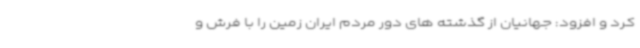
کرد و افزود: جهانیان از گذشته های دور مردم ایران زمین را با فرش و